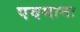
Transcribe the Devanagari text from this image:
पवमानः